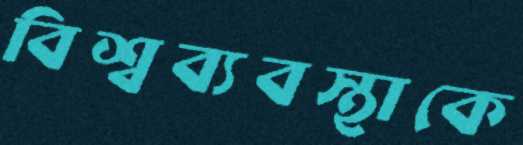
বিশ্বব্যবস্থাকে